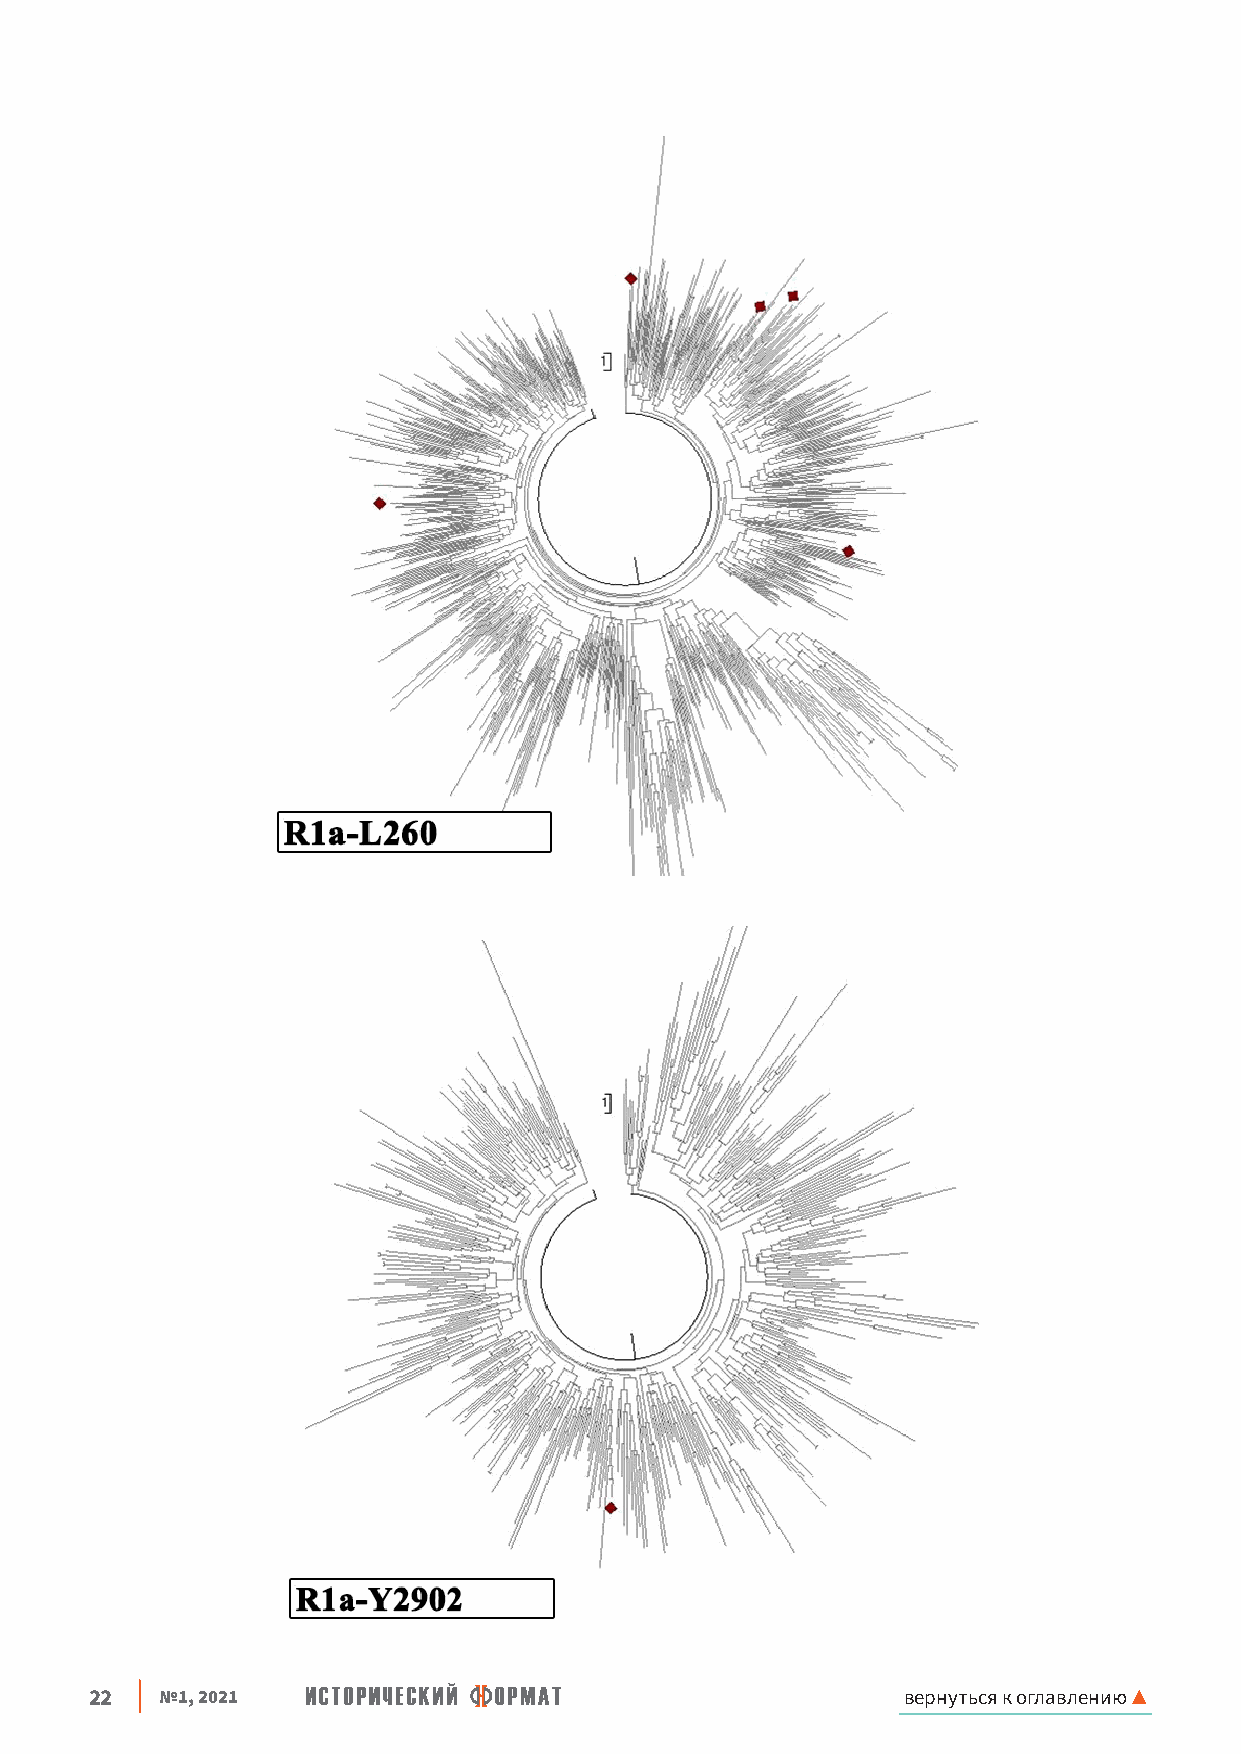
22   №1, 2021                                         вернуться к оглавлению ▲